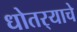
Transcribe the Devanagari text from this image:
धोतर्‍याचे